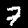
Label: 7